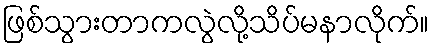
ဖြစ်သွားတာကလွဲလို့သိပ်မနာလိုက်။